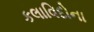
કલાવિદોના